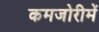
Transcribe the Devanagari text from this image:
कमजोरीमें